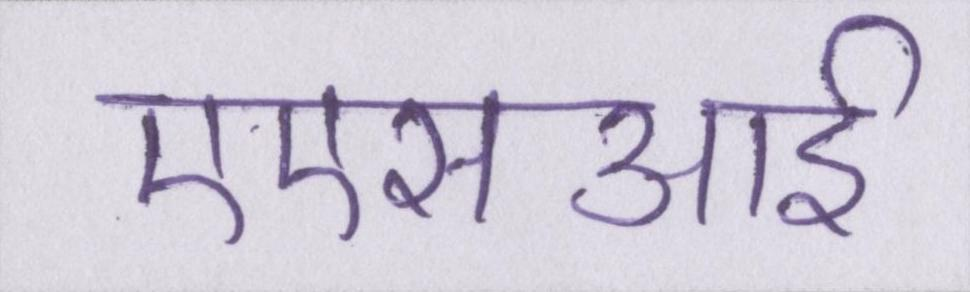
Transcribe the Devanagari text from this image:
एएसआई